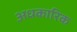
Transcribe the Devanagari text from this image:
अधकारिक